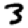
Digit: 3